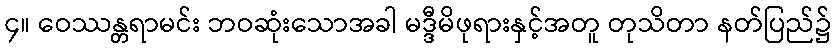
၄။ ဝေဿန္တရာမင်း ဘဝဆုံးသောအခါ မဒ္ဒီမိဖုရားနှင့်အတူ တုသိတာ နတ်ပြည်၌